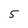
Character: 5